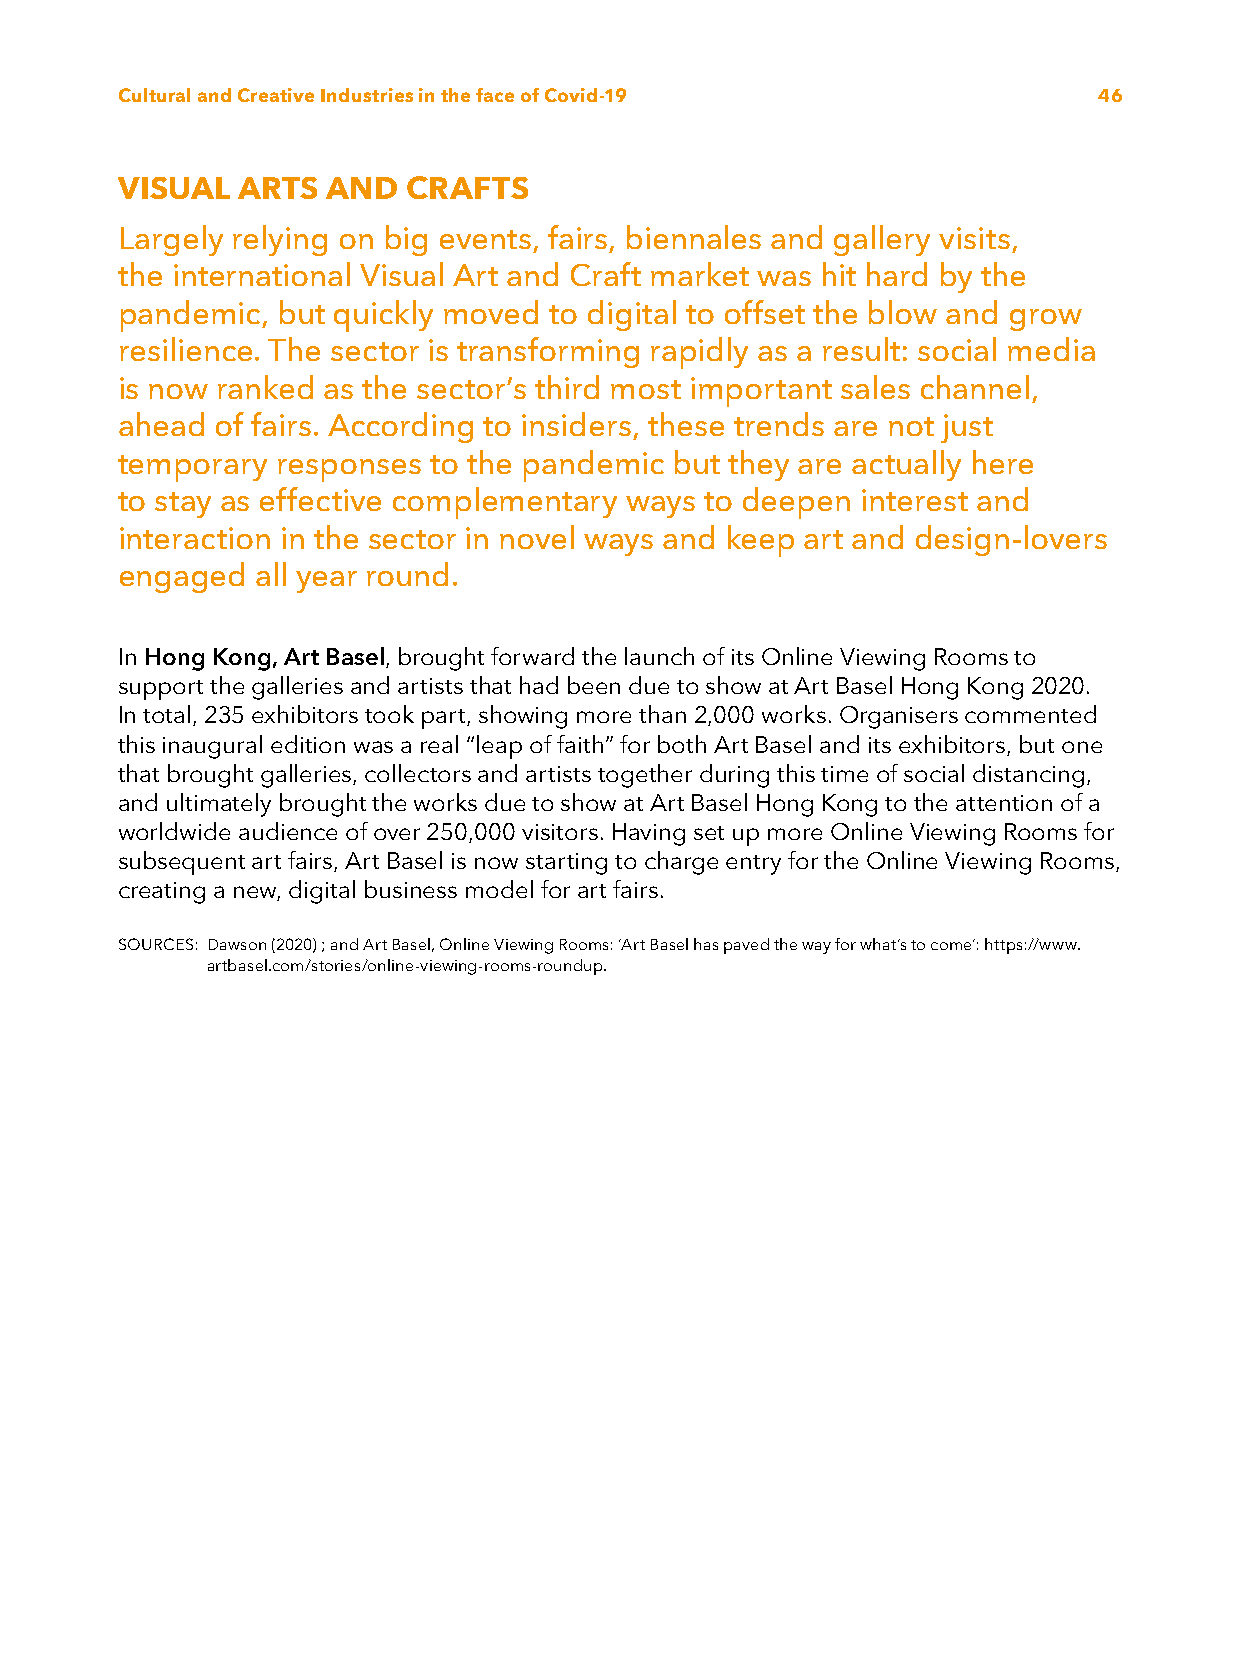
Cultural and Creative Industries in the face of Covid-19         46
 VISUAL  ARTS  AND  CRAFTS
 Largely relying on big events, fairs, biennales and gallery visits,
 the international Visual Art and Craft market was hit hard by the
 pandemic, but quickly moved to digital to offset the blow and grow
 resilience. The sector is transforming rapidly as a result: social media
 is now ranked as the sector’s third most important sales channel,
 ahead of fairs. According to insiders, these trends are not just
 temporary responses to the pandemic but they are actually here
 to stay as effective complementary ways to deepen interest and
 interaction in the sector in novel ways and keep art and design-lovers
 engaged  all year round.
 In Hong Kong, Art Basel, brought forward the launch of its Online Viewing Rooms to
 support the galleries and artists that had been due to show at Art Basel Hong Kong 2020.
 In total, 235 exhibitors took part, showing more than 2,000 works. Organisers commented
 this inaugural edition was a real “leap of faith” for both Art Basel and its exhibitors, but one
 that brought galleries, collectors and artists together during this time of social distancing,
 and ultimately brought the works due to show at Art Basel Hong Kong to the attention of a
 worldwide audience of over 250,000 visitors. Having set up more Online Viewing Rooms for
 subsequent art fairs, Art Basel is now starting to charge entry for the Online Viewing Rooms,
 creating a new, digital business model for art fairs.
 SOURCES: D awson (2020) ; and Art Basel, Online Viewing Rooms: ‘Art Basel has paved the way for what’s to come’: https://www.
 artbasel.com/stories/online-viewing-rooms-roundup.